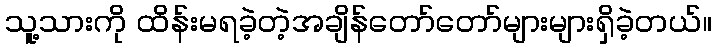
သူ့သားကို ထိန်းမရခဲ့တဲ့အချိန်တော်တော်များများရှိခဲ့တယ်။